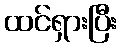
ထင်ရှားပြီး